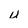
Character: U